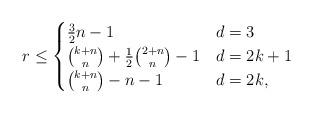
LaTeX: \begin{align*} r \le \begin{cases} \tfrac{3}{2}n - 1 & d = 3 \\ \binom{k + n}{n} + \frac{1}{2} \binom{2+n}{n} - 1 & d = 2k + 1 \\ \binom{k + n}{n} - n - 1 & d = 2k, \end{cases}\end{align*}